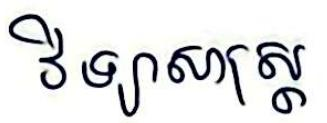
វិទ្យាសាស្ដ្រ